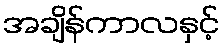
အချိန်ကာလနှင့်